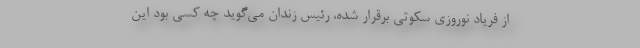
از فریاد نوروزی سكوتی برقرار شده، رئیس زندان می‌گوید چه كسی بود این